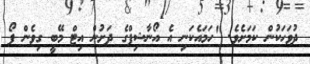
ދުވަހަކުން ކަމަށެވެ. "ހަމައެކަނި އެ އޯނާޝިޕްގެ ދަށުން އިޓް މޭބީ ގިވެން ފޯ